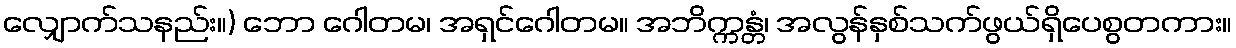
လျှောက်သနည်း။) ဘော ဂေါတမ၊ အရှင်ဂေါတမ။ အဘိက္ကန္တံ၊ အလွန်နှစ်သက်ဖွယ်ရှိပေစွတကား။